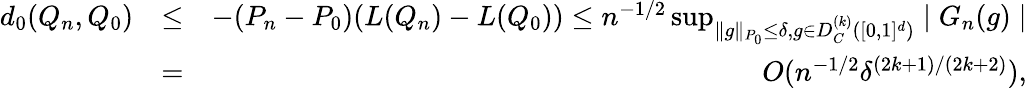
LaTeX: \begin{array}{rlr}{d_{0}(Q_{n},Q_{0})}&{\leq}&{-(P_{n}-P_{0})(L(Q_{n})-L(Q_{0}))\leq n^{-1/2}\operatorname*{sup}_{\parallel g\parallel_{P_{0}}\leq\delta,g\in D_{C}^{(k)}([0,1]^{d})}\mid G_{n}(g)\mid}\\ &{=}&{O(n^{-1/2}\delta^{(2k+1)/(2k+2)}),}\end{array}